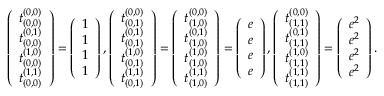
\left( \begin{array} { c } { t _ { ( 0 , 0 ) } ^ { ( 0 , 0 ) } } \\ { t _ { ( 0 , 0 ) } ^ { ( 0 , 1 ) } } \\ { t _ { ( 0 , 0 ) } ^ { ( 1 , 0 ) } } \\ { t _ { ( 0 , 0 ) } ^ { ( 1 , 1 ) } } \end{array} \right) = \left( \begin{array} { c } { 1 } \\ { 1 } \\ { 1 } \\ { 1 } \end{array} \right) , \left( \begin{array} { c } { t _ { ( 0 , 1 ) } ^ { ( 0 , 0 ) } } \\ { t _ { ( 0 , 1 ) } ^ { ( 0 , 1 ) } } \\ { t _ { ( 0 , 1 ) } ^ { ( 1 , 0 ) } } \\ { t _ { ( 0 , 1 ) } ^ { ( 1 , 1 ) } } \end{array} \right) = \left( \begin{array} { c } { t _ { ( 1 , 0 ) } ^ { ( 0 , 0 ) } } \\ { t _ { ( 1 , 0 ) } ^ { ( 0 , 1 ) } } \\ { t _ { ( 1 , 0 ) } ^ { ( 1 , 0 ) } } \\ { t _ { ( 1 , 0 ) } ^ { ( 1 , 1 ) } } \end{array} \right) = \left( \begin{array} { c } { e } \\ { e } \\ { e } \\ { e } \end{array} \right) , \left( \begin{array} { c } { t _ { ( 1 , 1 ) } ^ { ( 0 , 0 ) } } \\ { t _ { ( 1 , 1 ) } ^ { ( 0 , 1 ) } } \\ { t _ { ( 1 , 1 ) } ^ { ( 1 , 0 ) } } \\ { t _ { ( 1 , 1 ) } ^ { ( 1 , 1 ) } } \end{array} \right) = \left( \begin{array} { c } { e ^ { 2 } } \\ { e ^ { 2 } } \\ { e ^ { 2 } } \\ { e ^ { 2 } } \end{array} \right) .